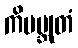
ကိမဗ္ဘုတံ